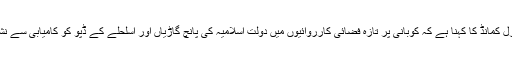
امریکہ کی سینٹرل کمانڈ کا کہنا ہے کہ کوبانی پر تازہ فضائی کارروائیوں میں دولت اسلامیہ کی پانچ گاڑیاں اور اسلحلے کے ڈپو کو کامیابی سے نشانہ بنایا گیا ہے۔